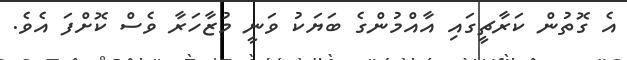
އެ ގޮތުން ކަރާޗީގައި އާއްމުންގެ ބަޔަކު ވަނީ މުޒާހަރާ ވެސް ކޮށްފަ އެވެ.